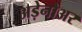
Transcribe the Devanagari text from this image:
अड़ेनौअर